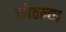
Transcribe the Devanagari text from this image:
कोठल्या